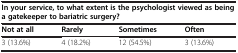
<table><thead><tr><td colspan="4"><b>In your service, to what extent is the psychologist viewed as being a gatekeeper to bariatric surgery?</b></td></tr><tr><td><b>Not at all</b></td><td><b>Rarely</b></td><td><b>Sometimes</b></td><td><b>Often</b></td></tr></thead><tbody><tr><td>3 (13.6%)</td><td>4 (18.2%)</td><td>12 (54.5%)</td><td>3 (13.6%)</td></tr></tbody></table>